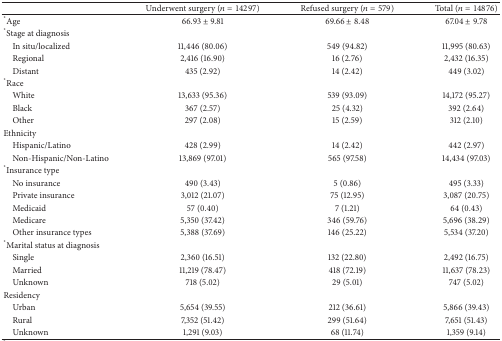
<table><thead><tr><td><b> </b></td><td><b>Underwent surgery (<i>n</i> = 14297)</b></td><td><b>Refused surgery (<i>n</i> = 579)</b></td><td><b>Total (<i>n</i> = 14876)</b></td></tr></thead><tbody><tr><td><sup>*</sup>Age</td><td>66.93 ± 9.81</td><td>69.66 ± 8.48</td><td>67.04 ± 9.78</td></tr><tr><td><sup>*</sup>Stage at diagnosis</td><td> </td><td> </td><td> </td></tr><tr><td> In situ/localized</td><td>11,446 (80.06)</td><td>549 (94.82)</td><td>11,995 (80.63)</td></tr><tr><td> Regional</td><td>2,416 (16.90)</td><td>16 (2.76)</td><td>2,432 (16.35)</td></tr><tr><td> Distant</td><td>435 (2.92)</td><td>14 (2.42)</td><td>449 (3.02)</td></tr><tr><td><sup>*</sup>Race</td><td> </td><td> </td><td> </td></tr><tr><td> White</td><td>13,633 (95.36)</td><td>539 (93.09)</td><td>14,172 (95.27)</td></tr><tr><td> Black</td><td>367 (2.57)</td><td>25 (4.32)</td><td>392 (2.64)</td></tr><tr><td> Other</td><td>297 (2.08)</td><td>15 (2.59)</td><td>312 (2.10)</td></tr><tr><td>Ethnicity</td><td> </td><td> </td><td> </td></tr><tr><td> Hispanic/Latino</td><td>428 (2.99)</td><td>14 (2.42)</td><td>442 (2.97)</td></tr><tr><td> Non-Hispanic/Non-Latino</td><td>13,869 (97.01)</td><td>565 (97.58)</td><td>14,434 (97.03)</td></tr><tr><td><sup>*</sup>Insurance type</td><td> </td><td> </td><td> </td></tr><tr><td> No insurance</td><td>490 (3.43)</td><td>5 (0.86)</td><td>495 (3.33)</td></tr><tr><td> Private insurance</td><td>3,012 (21.07)</td><td>75 (12.95)</td><td>3,087 (20.75)</td></tr><tr><td> Medicaid</td><td>57 (0.40)</td><td>7 (1.21)</td><td>64 (0.43)</td></tr><tr><td> Medicare</td><td>5,350 (37.42)</td><td>346 (59.76)</td><td>5,696 (38.29)</td></tr><tr><td> Other insurance types</td><td>5,388 (37.69)</td><td>146 (25.22)</td><td>5,534 (37.20)</td></tr><tr><td><sup>*</sup>Marital status at diagnosis</td><td> </td><td> </td><td> </td></tr><tr><td> Single</td><td>2,360 (16.51)</td><td>132 (22.80)</td><td>2,492 (16.75)</td></tr><tr><td> Married</td><td>11,219 (78.47)</td><td>418 (72.19)</td><td>11,637 (78.23)</td></tr><tr><td> Unknown</td><td>718 (5.02)</td><td>29 (5.01)</td><td>747 (5.02)</td></tr><tr><td>Residency</td><td> </td><td> </td><td> </td></tr><tr><td> Urban</td><td>5,654 (39.55)</td><td>212 (36.61)</td><td>5,866 (39.43)</td></tr><tr><td> Rural</td><td>7,352 (51.42)</td><td>299 (51.64)</td><td>7,651 (51.43)</td></tr><tr><td> Unknown</td><td>1,291 (9.03)</td><td>68 (11.74)</td><td>1,359 (9.14)</td></tr></tbody></table>